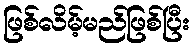
ဖြစ်လိမ့်မည်ဖြစ်ပြီး